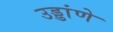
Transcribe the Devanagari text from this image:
उड्डांणे